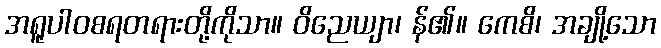
အရူပါဝစရတရားတို့ကိုသာ။ ဝိညေယျာ၊ န်၏။ ကေစိ၊ အချို့သော